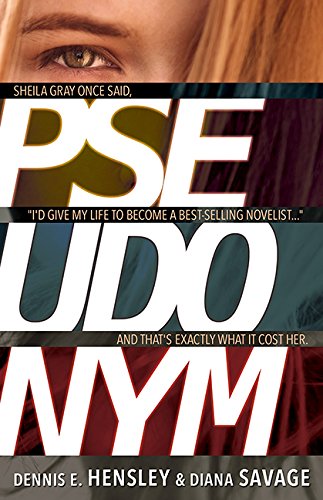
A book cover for Pseudonym; Diana Savage; Christian Books & Bibles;